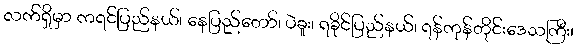
လက်ရှိမှာ ကရင်ပြည်နယ်၊ နေပြည်တော်၊ ပဲခူး၊ ရခိုင်ပြည်နယ်၊ ရန်ကုန်တိုင်းဒေသကြီး၊